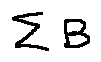
\sum B